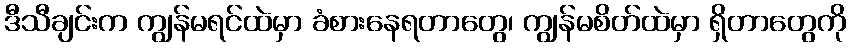
ဒီသီချင်းက ကျွန်မရင်ထဲမှာ ခံစားနေရတာတွေ၊ ကျွန်မစိတ်ထဲမှာ ရှိတာတွေကို